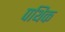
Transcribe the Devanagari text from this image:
पथिक